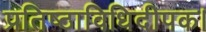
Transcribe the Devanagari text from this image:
प्रतिष्ठाविधिदीपक।